Calcutta medical institutions reports 1871-78
Year: 1871
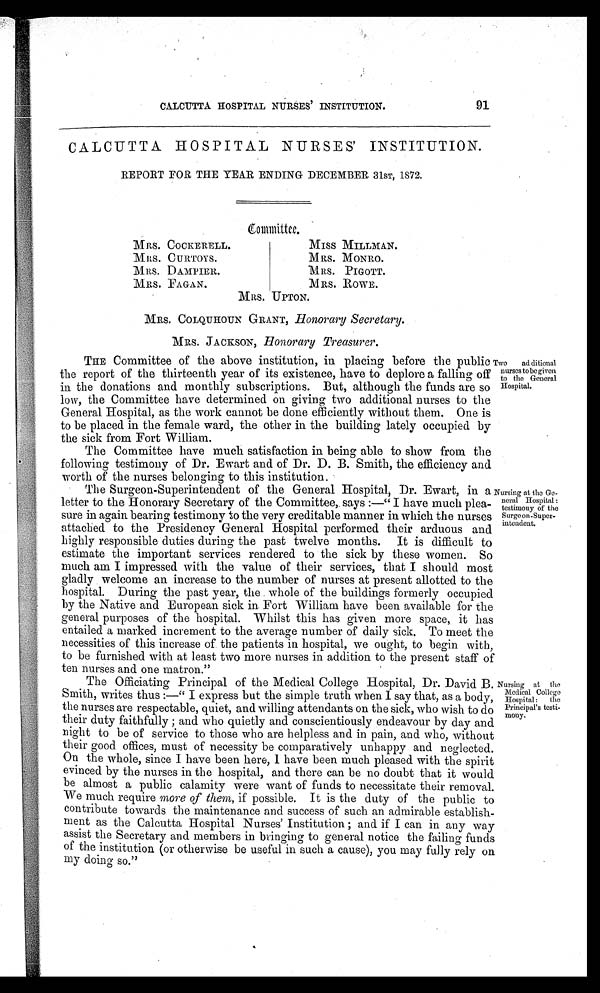
Two ad ditional
nurses to be given
to the General
Hospital.
Nursing at the Ge-
neral Hospital:
testimony of the
Surgeon -Super-
intendent.
91
CALCUTTA HOSPITAL NURSES' INSTITUTION.
CALCUTTA HOSPITAL NURSES' INSTITUTION.
REPORT FOR THE YEAR ENDING DECEMBER 31ST, 1872.
Committee.
MRS. COCKERELL.
MISS MILLMAN.
MRS. CURTOYS.
MRS. MONRO.
MRS. DAMPIER.
MRS. PIGOTT.
MRS. FAGAN.
MRS. ROWE.
MRS. UPTON.
MRS. COLQUHOUN GRANT, Honorary Secretary.
MRS. JACKSON, Honorary Treasurer.
THE Committee of the above institution, in placing before the public
the report of the thirteenth year of its existence, have to deplore a falling off
in the donations and monthly subscriptions. But, although the funds are so
low, the Committee have determined on giving two additional nurses to the
General Hospital, as the work cannot be done efficiently without them. One is
to be placed in the female ward, the other in the building lately occupied by
the sick from Fort William.
The Committee have much satisfaction in being able to show from the
following testimony of Dr. Ewart and of Dr. D. B. Smith, the efficiency and
worth of the nurses belonging to this institution.
The Surgeon-Superintendent of the General Hospital, Dr. Ewart, in a
letter to the Honorary Secretary of the Committee, says:—"I have much plea-
sure in again bearing testimony to the very creditable manner in which the nurses
attached to the Presidency General Hospital performed their arduous and
highly responsible duties during the past twelve months. It is difficult to
estimate the important services rendered to the sick by these women. So
much am I impressed with the value of their services, that I should most
gladly welcome an increase to the number of nurses at present allotted to the
hospital. During the past year, the whole of the buildings formerly occupied
by the Native and European sick in Fort William have been available for the
general purposes of the hospital. Whilst this has given more space, it has
entailed a marked increment to the average number of daily sick. To meet the
necessities of this increase of the patients in hospital, we ought, to begin with,
to be furnished with at least two more nurses in addition to the present staff of
ten nurses and one matron."
The Officiating Principal of the Medical College Hospital, Dr. David B.
Smith, writes thus:—"I express but the simple truth when I say that, as a body,
the nurses are respectable, quiet, and willing attendants on the sick, who wish to do
their duty faithfully; and who quietly and conscientiously endeavour by day and
night to be of service to those who are helpless and in pain, and who, without
their good offices, must of necessity be comparatively unhappy and neglected.
On the whole, since I have been here, I have been much pleased with the spirit
evinced by the nurses in the hospital, and there can be no doubt that it would
be almost a public calamity were want of funds to necessitate their removal.
We much require more of them, if possible. It is the duty of the public to
contribute towards the maintenance and success of such an admirable establish-
ment as the Calcutta Hospital Nurses' Institution; and if I can in any way
assist the Secretary and members in bringing to general notice the failing funds
of the institution (or otherwise be useful in such a cause), you may fully rely on
my doing so."
Nursing at the
Medical College
Hospital: the
Principal's testi-
mony.